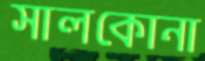
সালকোনা